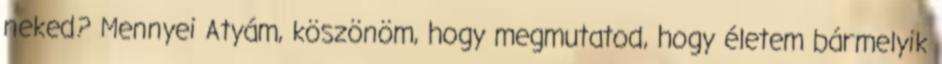
neked? Mennyei Atyám, köszönöm, hogy megmutatod, hogy életem bármelyik